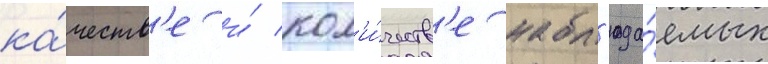
ка́честв'е и́ кол'и́честв'е набл'юда́емых